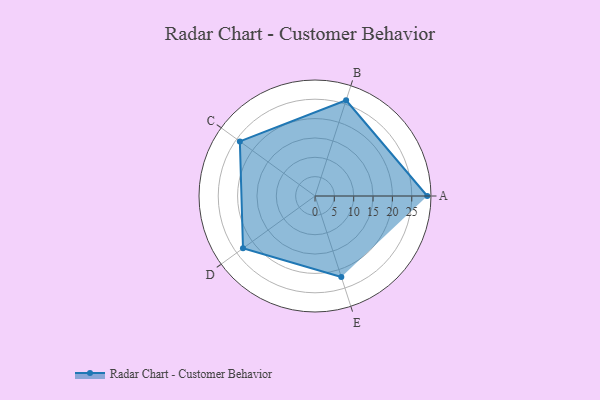
{"axis": {"x": "Skill", "y": "Score"}, "legend": ["Profile"], "data": [{"x": "A", "y": 29.0, "type": "Profile"}, {"x": "B", "y": 26.0, "type": "Profile"}, {"x": "C", "y": 24.0, "type": "Profile"}, {"x": "D", "y": 23.0, "type": "Profile"}, {"x": "E", "y": 22.0, "type": "Profile"}]}